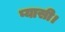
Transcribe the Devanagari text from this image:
प्यासी।